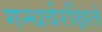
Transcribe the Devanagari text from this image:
गन्धर्वरक्षितं